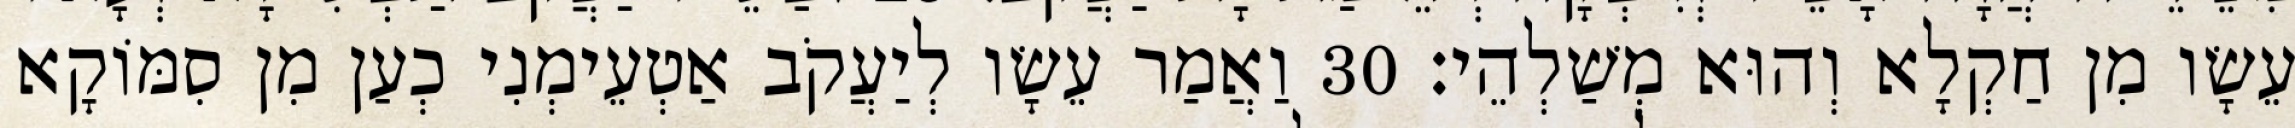
עֵשָׂו מִן חַקְלָא וְהוּא מְשַׁלְהֵי׃ 30 וַאֲמַר עֵשָׂו לְיַעֲקֹב אַטְעֵימְנִי כְעַן מִן סִמּוֹקָא